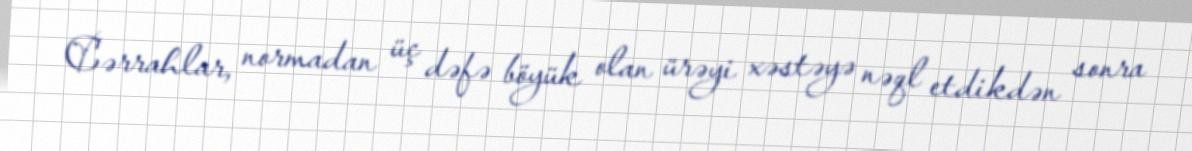
Cərrahlar, normadan üç dəfə böyük olan ürəyi xəstəyə nəql etdikdən sonra